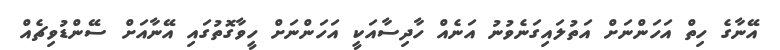
އޭނާގެ ހިތް އަހަންނަށް އަތުލައިގަނެވުނު އަނެއް ހާދިސާއަކީ އަހަންނަށް ހީވާގޮތުގައި އޭނާއަށް ސޭންޑުވިޗެއް